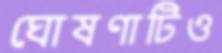
ঘোষণাটিও